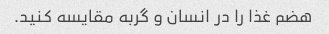
هضم غذا را در انسان و گربه مقایسه کنید.